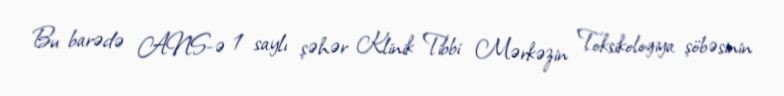
Bu barədə ANS-ə 1 saylı şəhər Klinik Tibbi Mərkəzin Toksikologiya şöbəsinin